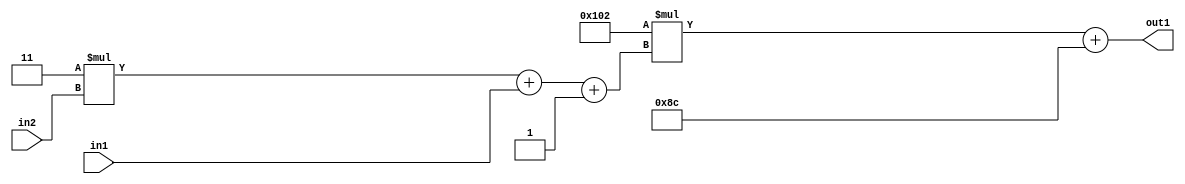
`timescale 1ps / 1ps
/*****************************************************************************
    Verilog RTL Description
    
    
    Created by: Stratus DpOpt 2019.1.01 
*******************************************************************************/

module DC_Filter_Add2i140Mul2i258Add3i1u1Mul2i3u2_1 (
	in2,
	in1,
	out1
	); /* architecture "behavioural" */ 
input [1:0] in2;
input  in1;
output [11:0] out1;
wire [11:0] asc001;
wire [3:0] asc002;

wire [3:0] asc002_tmp_0;
wire [3:0] asc002_tmp_1;
assign asc002_tmp_1 = 
	+(4'B0011 * in2);
assign asc002_tmp_0 = asc002_tmp_1
	+(in1);
assign asc002 = asc002_tmp_0
	+(4'B0001);

wire [11:0] asc001_tmp_2;
assign asc001_tmp_2 = 
	+(12'B000100000010 * asc002);
assign asc001 = asc001_tmp_2
	+(12'B000010001100);

assign out1 = asc001;
endmodule

/* CADENCE  vrP4TQo= : u9/ySgnWtBlWxVPRXgAZ4Og= ** DO NOT EDIT THIS LINE ******/